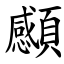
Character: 䫲